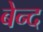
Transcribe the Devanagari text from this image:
बेन्द